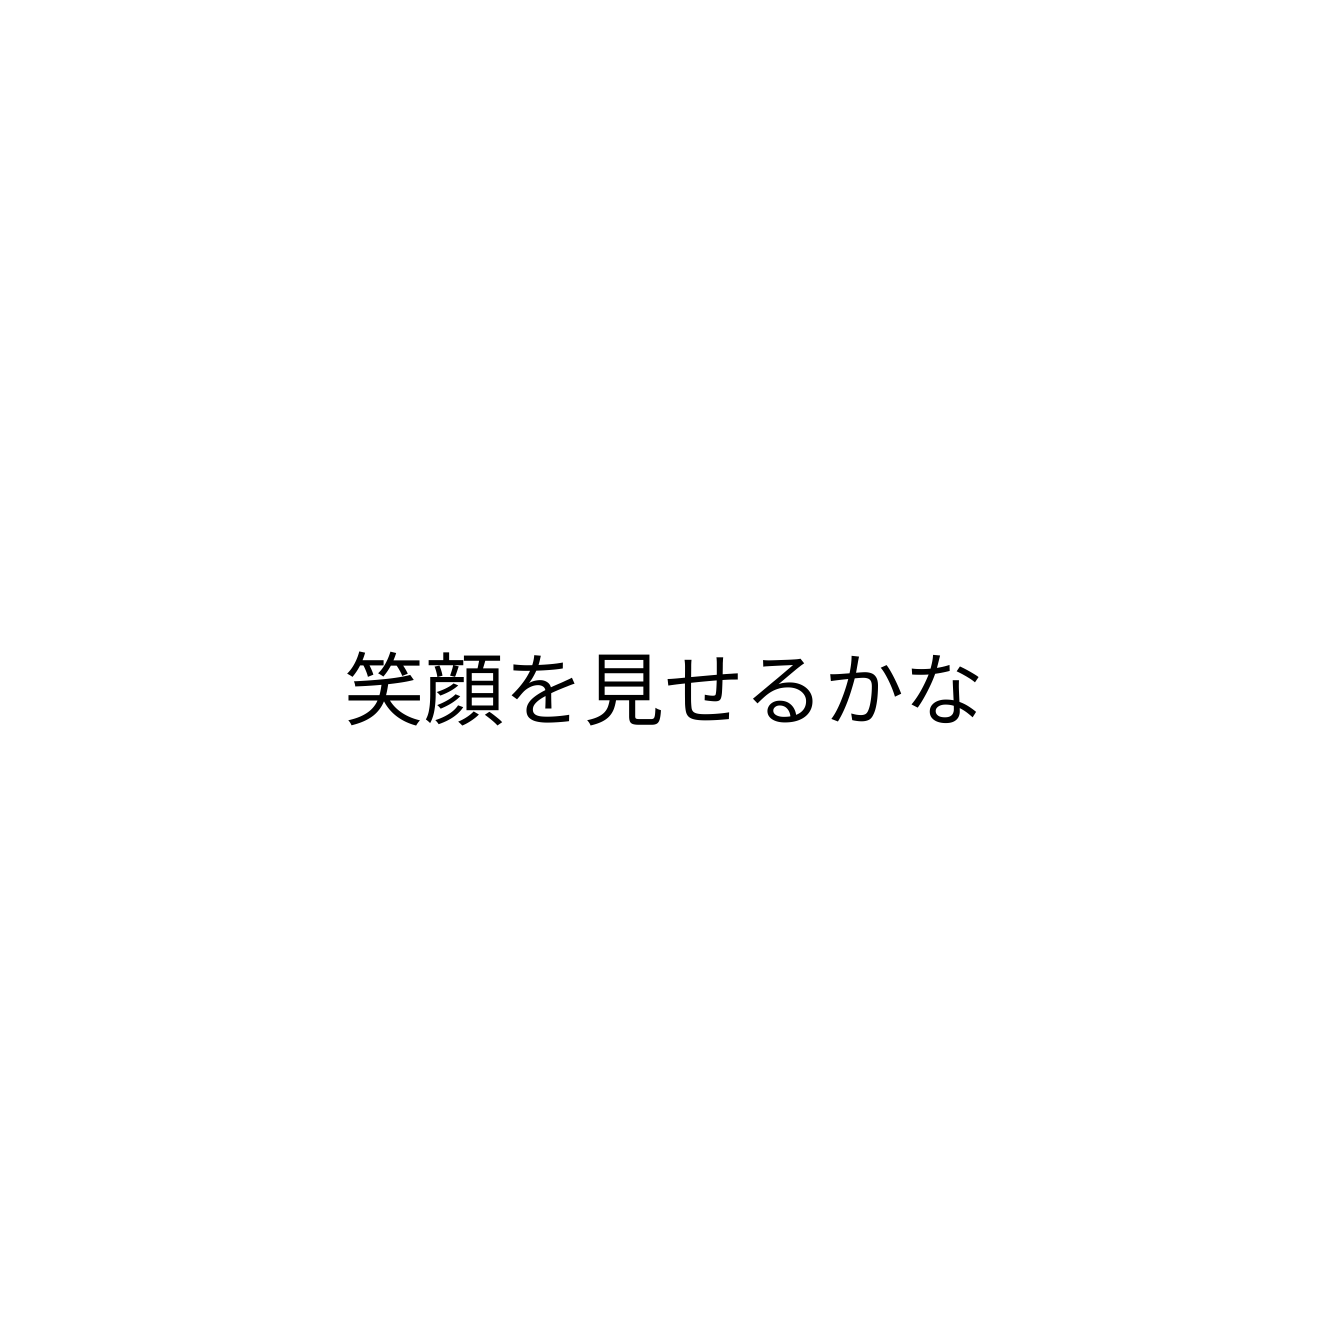
笑顔を見せるかな